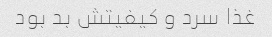
غذا سرد و کیفیتش بد بود